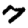
Digit: 7